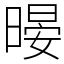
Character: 暥